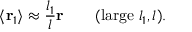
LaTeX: \langle { \bf r } _ { 1 } \rangle \approx { \frac { l _ { 1 } } { l } } { \bf r } \qquad ( \mathrm { l a r g e } \; l _ { 1 } , l ) .